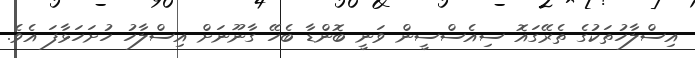
އިސްލާހުތަކުގެ ތެރޭގައޮ ސިއެސްސީން ވަނީ ބޮންޑާ ބެހޭ ގާނޫނަށް އިސްލާހު ހުށަހަޅާފަ އެވެ.